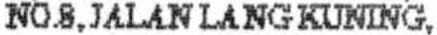
NO.8,JALAN LANG KUNING,